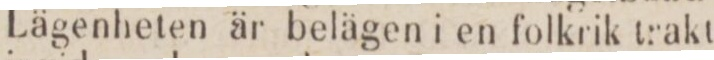
Lägenheten är belägen i en folkrik trakt